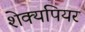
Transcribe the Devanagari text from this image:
शेक्यपियर